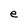
Character: e